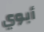
أبوي